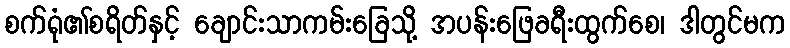
စက်ရုံ၏စရိတ်နှင့် ချောင်းသာကမ်းခြေသို့ အပန်းဖြေခရီးထွက်စေ၊ ဒါတွင်မက